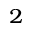
_ 2